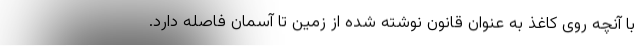
با آنچه روی کاغذ به عنوان قانون نوشته شده از زمین تا آسمان فاصله دارد.